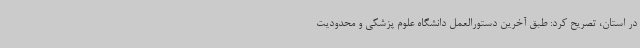
در استان، تصریح کرد: طبق آخرین دستورالعمل دانشگاه علوم پزشکی و محدودیت